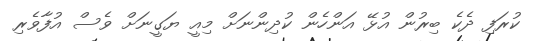
ކުރަފި ދެކެ ބިރުން އުޅޭ އަންހެން ކުދިންނަށް މިއީ ޔަގީނަށް ވެސް އުފާވެރި